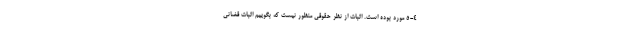
۵-۴ مورد بوده است. اثبات از نظر حقوقی منظور نیست که بگوییم اثبات قضائی